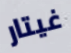
غيتار